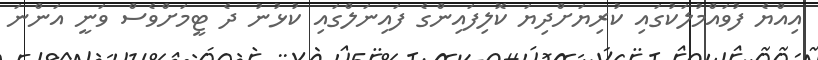
އިއްޔެ ފުވައްމުލަކުގައި ކުރިޔަށްދިޔަ ކޮލިފައިންގެ ފައިނަލްގައި ކުޅުނު ދެ ޓީމަށްވެސް ވަނީ އަންނަ